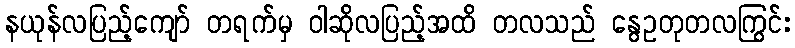
နယုန်လပြည့်ကျော် တရက်မှ ဝါဆိုလပြည့်အထိ တလသည် နွေဥတုတလကြွင်း